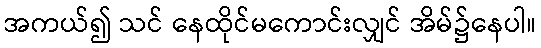
အကယ်၍ သင် နေထိုင်မကောင်းလျှင် အိမ်၌နေပါ။